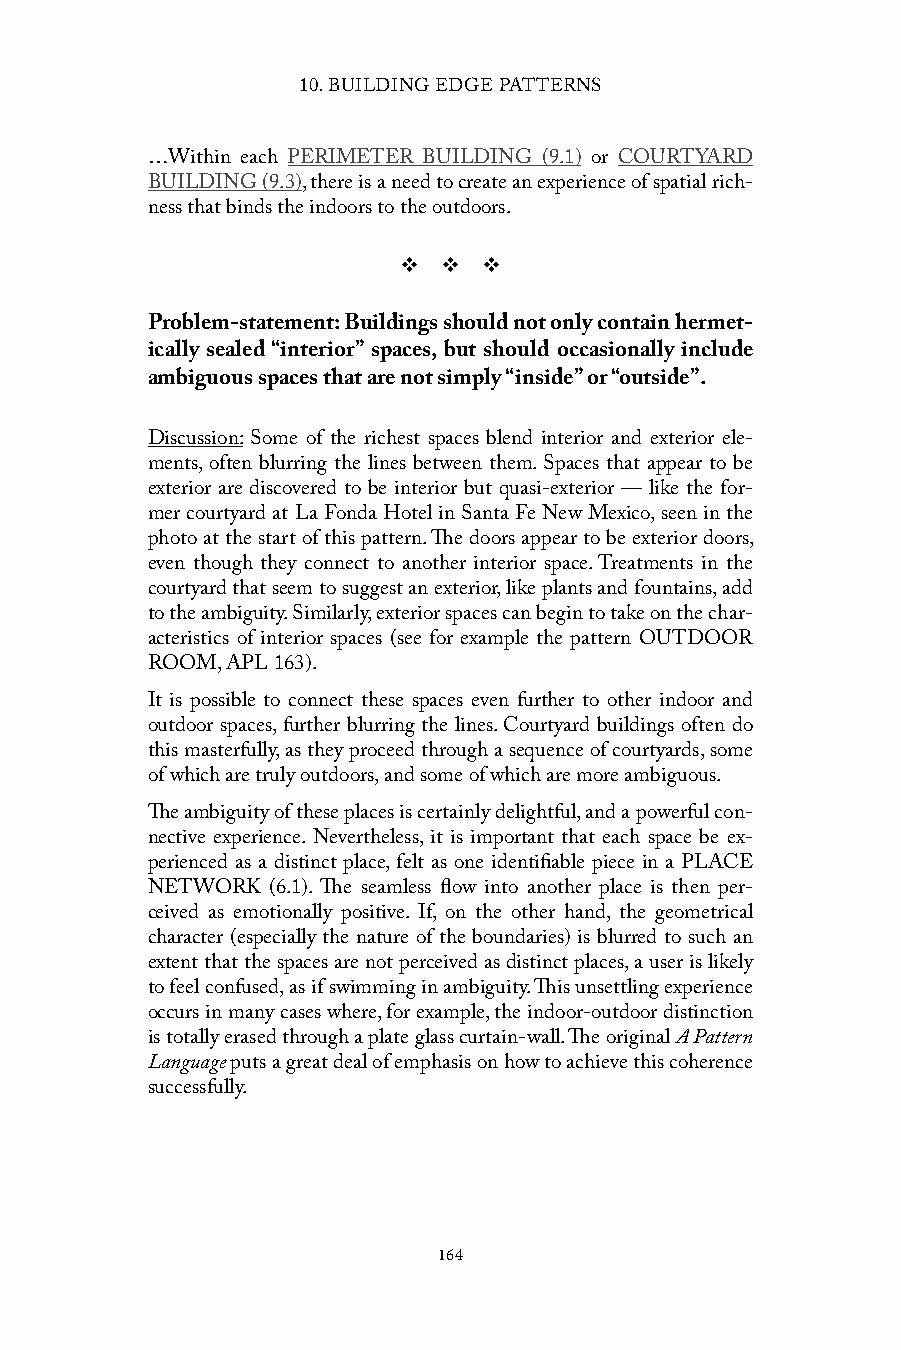
10. BUILDING EDGE PATTERNS
 …Within each PERIMETER BUILDING (9.1) or COURTYARD
 BUILDING (9.3), there is a need to create an experience of spatial rich-
 ness that binds the indoors to the outdoors.
 v  v  v
 Problem-statement: Buildings should not only contain hermet-
 ically sealed “interior” spaces, but should occasionally include
 ambiguous spaces that are not simply “inside” or “outside”.
 Discussion: Some of the richest spaces blend interior and exterior ele-
 ments, often blurring the lines between them. Spaces that appear to be
 exterior are discovered to be interior but quasi-exterior — like the for-
 mer courtyard at La Fonda Hotel in Santa Fe New Mexico, seen in the
 photo at the start of this pattern. The doors appear to be exterior doors,
 even though they connect to another interior space. Treatments in the
 courtyard that seem to suggest an exterior, like plants and fountains, add
 to the ambiguity. Similarly, exterior spaces can begin to take on the char-
 acteristics of interior spaces (see for example the pattern OUTDOOR
 ROOM, APL 163).
 It is possible to connect these spaces even further to other indoor and
 outdoor spaces, further blurring the lines. Courtyard buildings often do
 this masterfully, as they proceed through a sequence of courtyards, some
 of which are truly outdoors, and some of which are more ambiguous.
 The ambiguity of these places is certainly delightful, and a powerful con-
 nective experience. Nevertheless, it is important that each space be ex-
 perienced as a distinct place, felt as one identifiable piece in a PLACE
 NETWORK (6.1). The seamless flow into another place is then per-
 ceived as emotionally positive. If, on the other hand, the geometrical
 character (especially the nature of the boundaries) is blurred to such an
 extent that the spaces are not perceived as distinct places, a user is likely
 to feel confused, as if swimming in ambiguity. This unsettling experience
 occurs in many cases where, for example, the indoor-outdoor distinction
 is totally erased through a plate glass curtain-wall. The original A Pattern
 Language puts a great deal of emphasis on how to achieve this coherence
 successfully.
 164